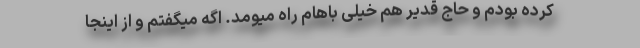
کرده بودم و حاج قدیر هم خیلی باهام راه میومد. اگه میگفتم و از اینجا